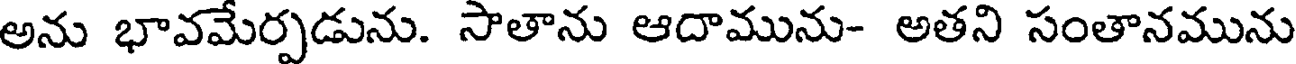
అను భావమేర్పడును. సాతాను ఆదామును- అతని సంతానమును